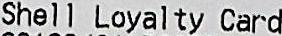
SHELL LOYALTY CARD